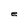
Character: e